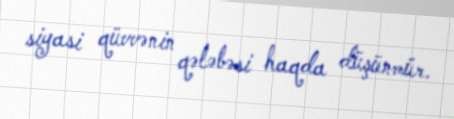
siyasi qüvvənin qələbəsi haqda düşünmür.